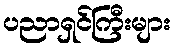
ပညာရှင်ကြီးများ